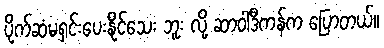
ပိုက်ဆံမရှင်းပေးနိုင်သေး ဘူး လို့ ဆာဝါဒီကန်က ပြောတယ်။